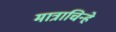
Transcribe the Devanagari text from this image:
मात्राचिन्हे